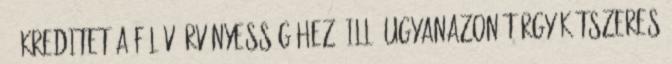
15 kreditet a félév érvényességéhez, ill. ugyanazon tárgy kétszeres